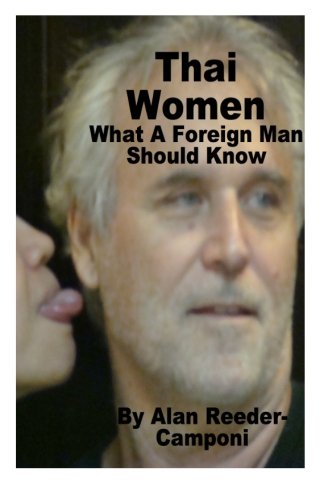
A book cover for Thai Women ... What a Foreign Man Should Know; Mr Alan D Reeder-Camponi; Travel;